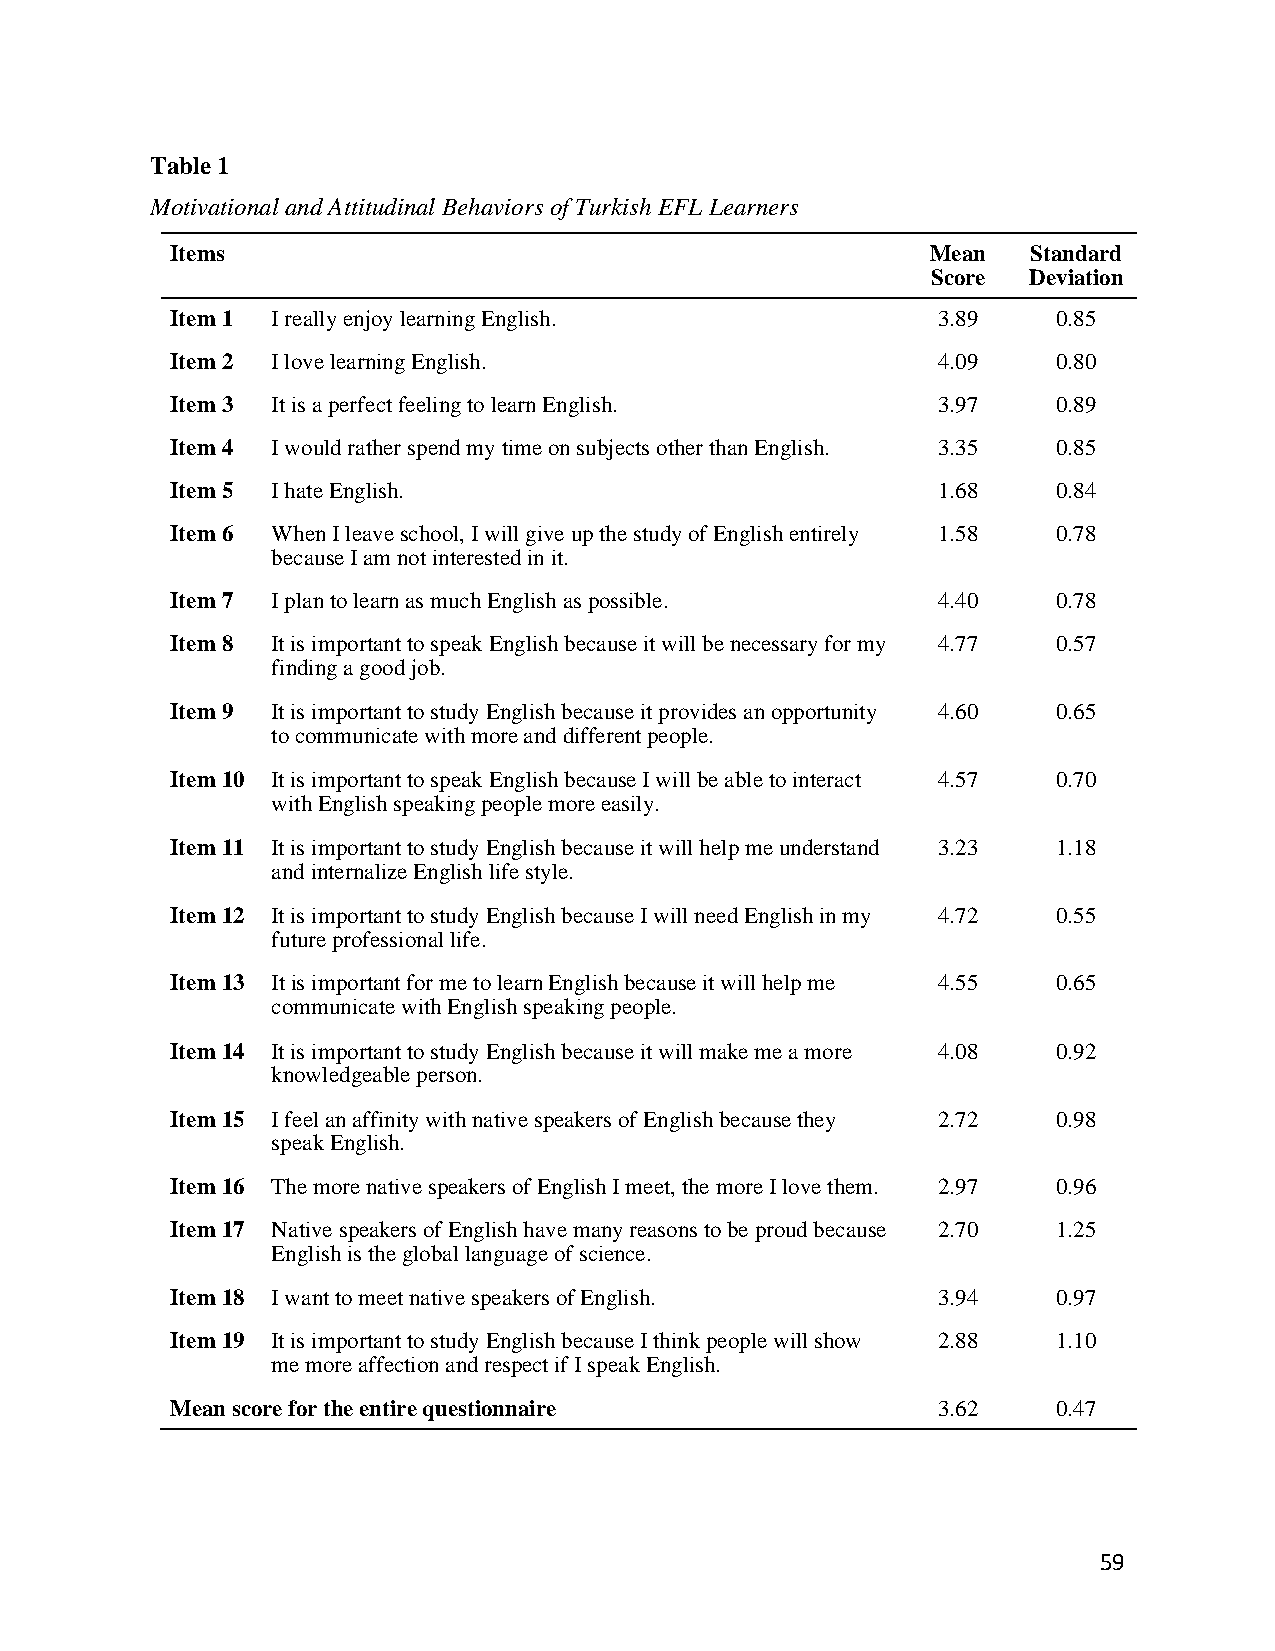
Table 1
 Motivational and Attitudinal Behaviors of Turkish EFL Learners
 Items                                              Mean  Standard
 Score Deviation
 Item 1 I really enjoy learning English.            3.89    0.85
 Item 2 I love learning English.                    4.09    0.80
 Item 3 It is a perfect feeling to learn English.   3.97    0.89
 Item 4 I would rather spend my time on subjects other than English. 3.35 0.85
 Item 5 I hate English.                             1.68    0.84
 Item 6 When I leave school, I will give up the study of English entirely 1.58 0.78
 because I am not interested in it.
 Item 7 I plan to learn as much English as possible. 4.40   0.78
 Item 8 It is important to speak English because it will be necessary for my 4.77 0.57
 finding a good job.
 Item 9 It is important to study English because it provides an opportunity 4.60 0.65
 to communicate with more and different people.
 Item 10 It is important to speak English because I will be able to interact 4.57 0.70
 with English speaking people more easily.
 Item 11 It is important to study English because it will help me understand 3.23 1.18
 and internalize English life style.
 Item 12 It is important to study English because I will need English in my 4.72 0.55
 future professional life.
 Item 13 It is important for me to learn English because it will help me 4.55 0.65
 communicate with English speaking people.
 Item 14 It is important to study English because it will make me a more 4.08 0.92
 knowledgeable person.
 Item 15 I feel an affinity with native speakers of English because they 2.72 0.98
 speak English.
 Item 16 The more native speakers of English I meet, the more I love them. 2.97 0.96
 Item 17 Native speakers of English have many reasons to be proud because 2.70 1.25
 English is the global language of science.
 Item 18 I want to meet native speakers of English. 3.94    0.97
 Item 19 It is important to study English because I think people will show 2.88 1.10
 me more affection and respect if I speak English.
 Mean score for the entire questionnaire            3.62    0.47
 59